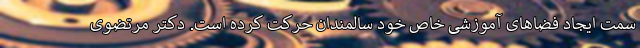
سمت ایجاد فضاهای آموزشی خاص خود سالمندان حرکت کرده است. دکتر مرتضوی